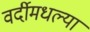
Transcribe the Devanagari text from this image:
वर्दीमधल्या